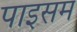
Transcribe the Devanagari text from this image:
पाइसम